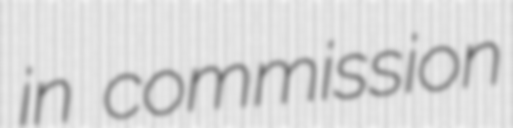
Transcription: in commission